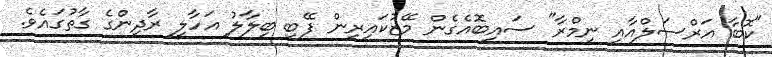
"ކޮބާ އަރްސަލްއާއި ނިމްރާ" ސައިބޮއެގެން މޭޒުކައިރިން ފޭބި ބިލާލު އަހާލީ ރާދިންގެ ގާތުގައެވެ.